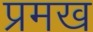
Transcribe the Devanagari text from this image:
प्रमख